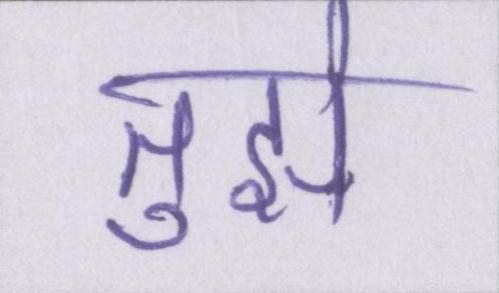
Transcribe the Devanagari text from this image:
तुझे